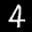
Label: 4